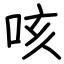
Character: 咳